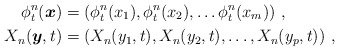
\begin{align*}\phi_{t}^{n}(\boldsymbol{x}) & =\left(\phi_{t}^{n}(x_{1}),\phi_{t}^{n}(x_{2}),\dots\phi_{t}^{n}(x_{m})\right)\,,\\X_{n}(\boldsymbol{y},t) & =\left(X_{n}(y_{1},t),X_{n}(y_{2},t),\dots,X_{n}(y_{p},t)\right)\,,\end{align*}